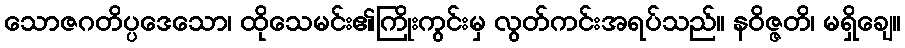
သောဇဂတိပ္ပဒေသော၊ ထိုသေမင်း၏ကြိုးကွင်းမှ လွတ်ကင်းအရပ်သည်။ နဝိဇ္ဇတိ၊ မရှိချေ။